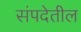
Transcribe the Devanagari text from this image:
संपदेतील